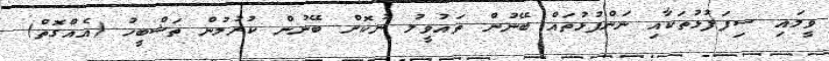
ވީމައި ސިފަފުޅުތަކާއި ނަންފުޅުތައް ބޭނުން ތައުވީލު ނުކޮށް ބޭނުން ކުރުމުން ތަޝްބީހު (އެއްގޮތް)